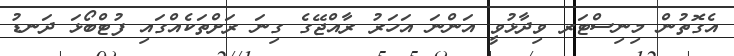
އެގޮތުން މިނިސްޓަރ ވިދާޅުވީ އަންނަ އަހަރު ރާއްޖޭގެ ގިނަ ރަށްތަކެއްގައި ފުޓްބޯޅަ ދަނޑު